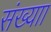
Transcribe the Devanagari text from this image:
संख्याा